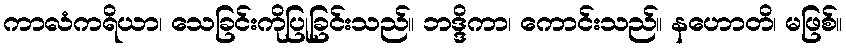
ကာလံကရိယာ၊ သေခြင်းကိုပြုခြင်းသည်။ ဘဒ္ဒိကာ၊ ကောင်းသည်။ နဟောတိ၊ မဖြစ်။